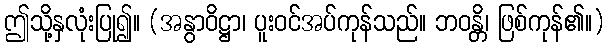
ဤသို့နှလုံးပြု၍။ (အနွာဝိဋ္ဌာ၊ ပူးဝင်အပ်ကုန်သည်။ ဘဝန္တိ၊ ဖြစ်ကုန်၏။)